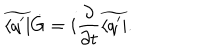
\widetilde { \langle q ^ { \prime } | } \dot { G } = i { \frac { \partial } { \partial t } } \widetilde { \langle q ^ { \prime } | } .